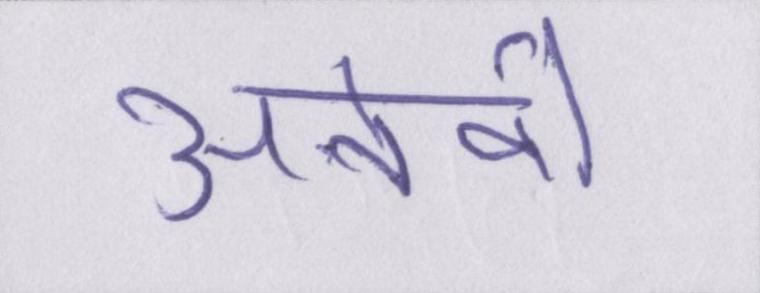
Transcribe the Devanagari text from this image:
अनेको